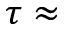
\tau \approx